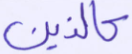
كالذين